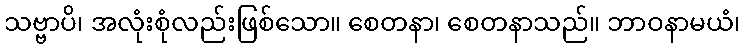
သဗ္ဗာပိ၊ အလုံးစုံလည်းဖြစ်သော။ စေတနာ၊ စေတနာသည်။ ဘာဝနာမယံ၊